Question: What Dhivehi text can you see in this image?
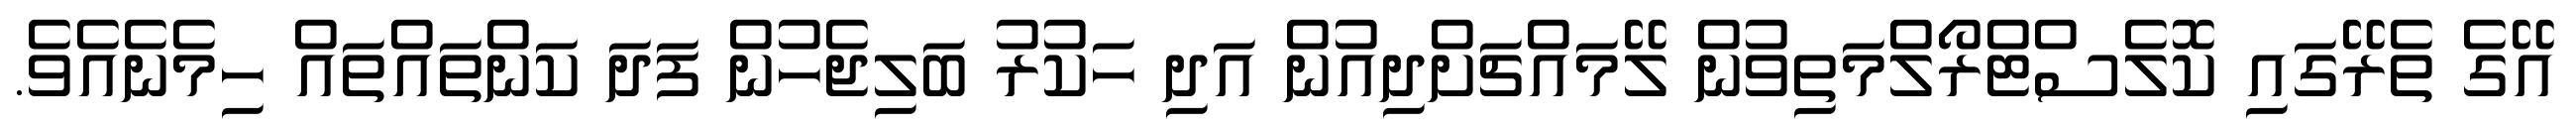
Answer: އޭގެ ތެރޭގައި ކޮލެސްޓްރޯލްމަތިވުން ލޭމައްޗަށްދިއުން އަދި ހަކުރު ބަލިޖެހުން ފަދަ ކަންތައްތައް ހިމެނެއެވެ.